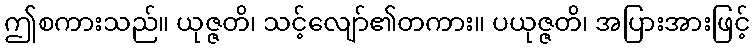
ဤစကားသည်။ ယုဇ္ဇတိ၊ သင့်လျော်၏တကား။ ပယုဇ္ဇတိ၊ အပြားအားဖြင့်